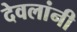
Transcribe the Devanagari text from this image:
देवलांनी